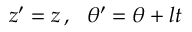
z ^ { \prime } = z \, , \ \ \theta ^ { \prime } = \theta + l t